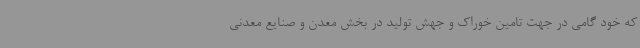
که خود گامی در جهت تامین خوراک و جهش تولید در بخش معدن و صنایع معدنی